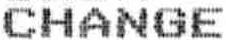
CHANGE